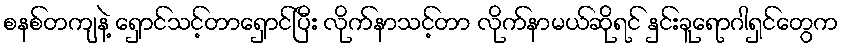
စနစ်တကျနဲ့ ရှောင်သင့်တာရှောင်ပြီး လိုက်နာသင့်တာ လိုက်နာမယ်ဆိုရင် နှင်းခူရောဂါရှင်တွေက